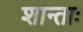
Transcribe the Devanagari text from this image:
शान्ताः